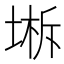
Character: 𰊁